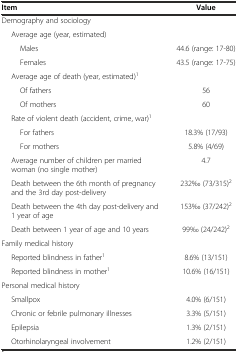
<table><thead><tr><td><b>Item</b></td><td><b>Value</b></td></tr></thead><tbody><tr><td>Demography and sociology</td><td></td></tr><tr><td>Average age (year, estimated)</td><td></td></tr><tr><td>Males</td><td>44.6 (range: 17-80)</td></tr><tr><td>Females</td><td>43.5 (range: 17-75)</td></tr><tr><td>Average age of death (year, estimated)<sup>1</sup></td><td></td></tr><tr><td>Of fathers</td><td>56</td></tr><tr><td>Of mothers</td><td>60</td></tr><tr><td>Rate of violent death (accident, crime, war)<sup>1</sup></td><td></td></tr><tr><td>For fathers</td><td>18.3% (17/93)</td></tr><tr><td>For mothers</td><td>5.8% (4/69)</td></tr><tr><td>Average number of children per married woman (no single mother)</td><td>4.7</td></tr><tr><td>Death between the 6th month of pregnancy and the 3rd day post-delivery</td><td>232‰ (73/315)<sup>2</sup></td></tr><tr><td>Death between the 4th day post-delivery and 1 year of age</td><td>153‰ (37/242)<sup>2</sup></td></tr><tr><td>Death between 1 year of age and 10 years</td><td>99‰ (24/242)<sup>2</sup></td></tr><tr><td>Family medical history</td><td></td></tr><tr><td>Reported blindness in father<sup>1</sup></td><td>8.6% (13/151)</td></tr><tr><td>Reported blindness in mother<sup>1</sup></td><td>10.6% (16/151)</td></tr><tr><td>Personal medical history</td><td></td></tr><tr><td>Smallpox</td><td>4.0% (6/151)</td></tr><tr><td>Chronic or febrile pulmonary illnesses</td><td>3.3% (5/151)</td></tr><tr><td>Epilepsia</td><td>1.3% (2/151)</td></tr><tr><td>Otorhinolaryngeal involvement</td><td>1.2% (2/151)</td></tr></tbody></table>